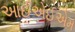
આઈએઈએમ